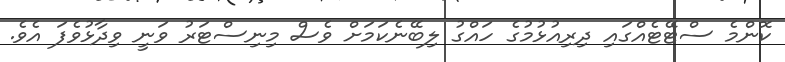
ކޮންމެ ސްޓޭޓެއްގައި ދިރިއުޅުމުގެ ހައްގު ލިބޭނެކަމަށް ވެސް މިނިސްޓަރު ވަނީ ވިދާޅުވެފަ އެވެ.